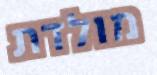
מולדת